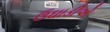
ઉઘાડીએ